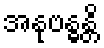
အနုဗန္ဓန္တိ